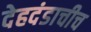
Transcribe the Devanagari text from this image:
देहदंडाचीच